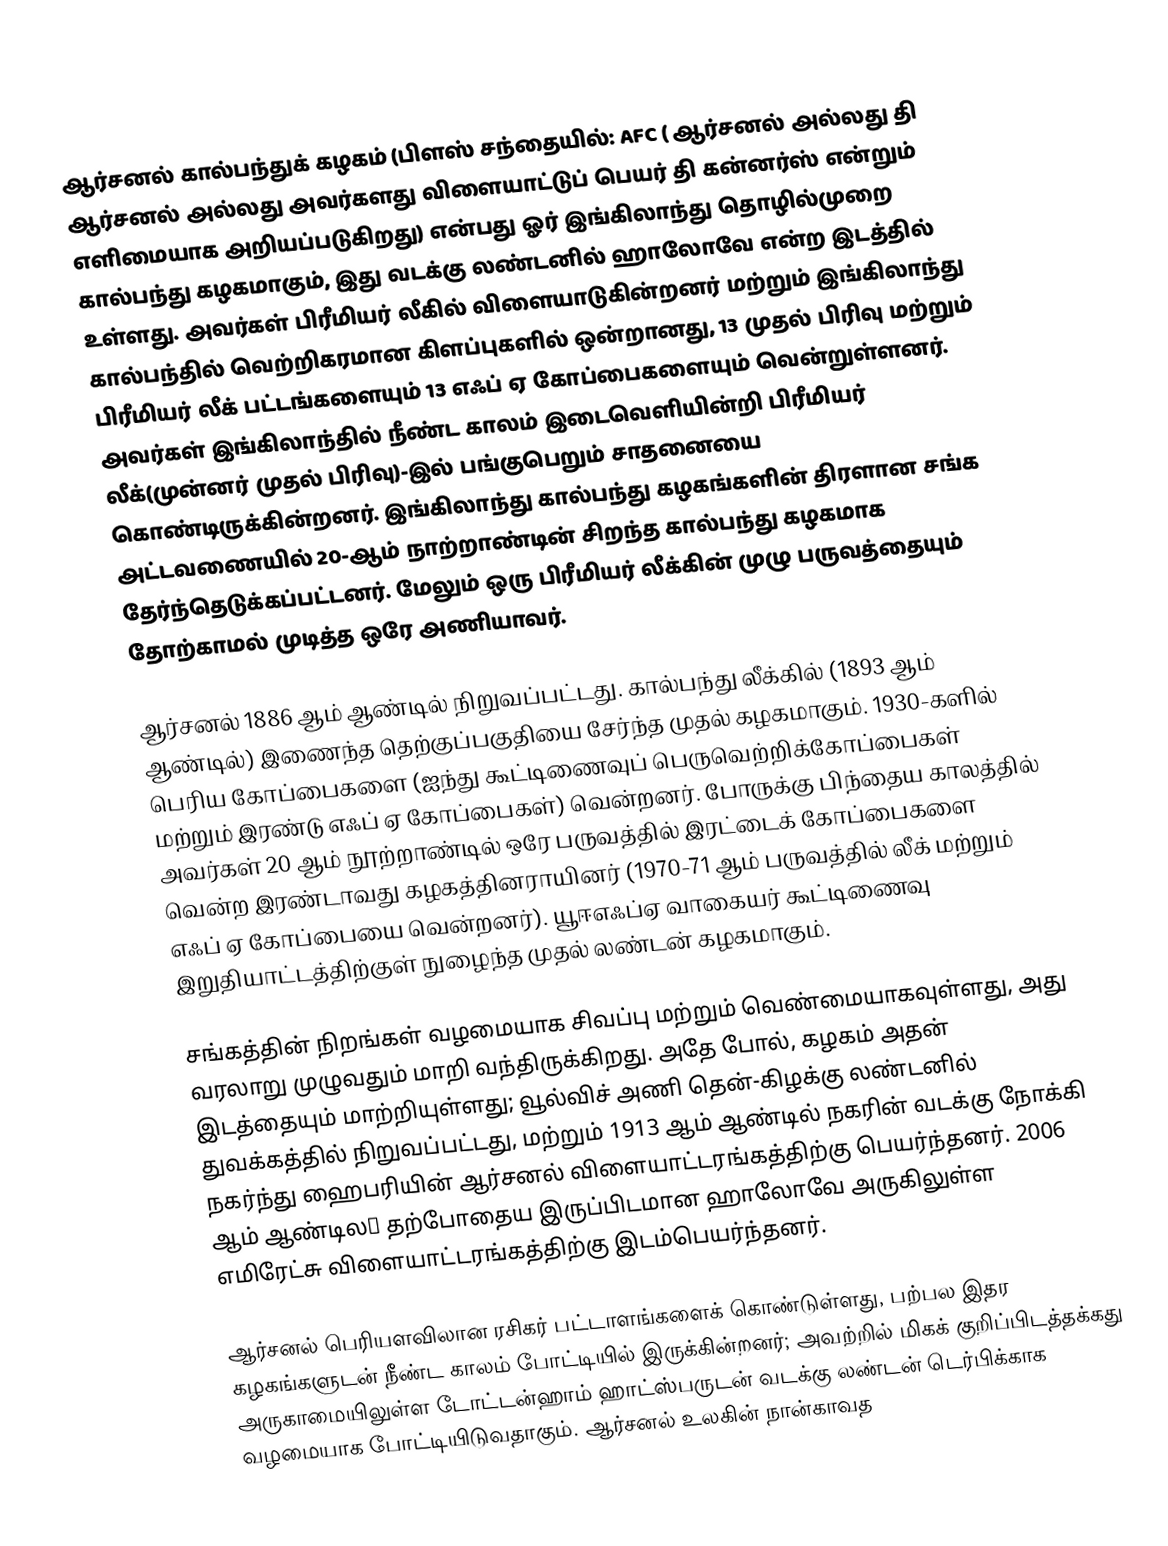
ஆர்சனல் கால்பந்துக் கழகம்  (பிளஸ் சந்தையில்: AFC  ( ஆர்சனல்  அல்லது தி ஆர்சனல்  அல்லது அவர்களது விளையாட்டுப் பெயர் தி கன்னர்ஸ்  என்றும் எளிமையாக அறியப்படுகிறது) என்பது ஓர் இங்கிலாந்து தொழில்முறை கால்பந்து கழகமாகும், இது வடக்கு லண்டனில் ஹாலோவே என்ற இடத்தில் உள்ளது.  அவர்கள் பிரீமியர் லீகில் விளையாடுகின்றனர் மற்றும் இங்கிலாந்து கால்பந்தில் வெற்றிகரமான கிளப்புகளில் ஒன்றானது, 13 முதல் பிரிவு மற்றும் பிரீமியர் லீக் பட்டங்களையும் 13 எஃப் ஏ கோப்பைகளையும் வென்றுள்ளனர். அவர்கள் இங்கிலாந்தில் நீண்ட காலம் இடைவெளியின்றி பிரீமியர் லீக்(முன்னர் முதல் பிரிவு)-இல் பங்குபெறும் சாதனையை கொண்டிருக்கின்றனர். இங்கிலாந்து கால்பந்து கழகங்களின் திரளான சங்க அட்டவணையில் 20-ஆம் நாற்றாண்டின் சிறந்த கால்பந்து கழகமாக தேர்ந்தெடுக்கப்பட்டனர். மேலும் ஒரு பிரீமியர் லீக்கின் முழு பருவத்தையும் தோற்காமல் முடித்த ஒரே அணியாவர்.

ஆர்சனல் 1886 ஆம் ஆண்டில் நிறுவப்பட்டது. கால்பந்து லீக்கில் (1893 ஆம் ஆண்டில்) இணைந்த தெற்குப்பகுதியை சேர்ந்த முதல் கழகமாகும்.  1930-களில் பெரிய கோப்பைகளை (ஐந்து கூட்டிணைவுப் பெருவெற்றிக்கோப்பைகள் மற்றும் இரண்டு எஃப் ஏ கோப்பைகள்) வென்றனர். போருக்கு பிந்தைய காலத்தில் அவர்கள் 20 ஆம் நூற்றாண்டில் ஒரே பருவத்தில் இரட்டைக் கோப்பைகளை வென்ற இரண்டாவது கழகத்தினராயினர் (1970-71 ஆம் பருவத்தில் லீக் மற்றும் எஃப் ஏ கோப்பையை வென்றனர்).  யூஈஎஃப்ஏ வாகையர் கூட்டிணைவு இறுதியாட்டத்திற்குள் நுழைந்த முதல் லண்டன் கழகமாகும்.

சங்கத்தின் நிறங்கள் வழமையாக சிவப்பு மற்றும் வெண்மையாகவுள்ளது, அது வரலாறு முழுவதும் மாறி வந்திருக்கிறது. அதே போல், கழகம் அதன் இடத்தையும் மாற்றியுள்ளது; வூல்விச் அணி தென்-கிழக்கு லண்டனில் துவக்கத்தில் நிறுவப்பட்டது, மற்றும் 1913 ஆம் ஆண்டில் நகரின் வடக்கு நோக்கி நகர்ந்து ஹைபரியின் ஆர்சனல் விளையாட்டரங்கத்திற்கு பெயர்ந்தனர்.  2006 ஆம் ஆண்டில௉ தற்போதைய இருப்பிடமான ஹாலோவே அருகிலுள்ள எமிரேட்சு விளையாட்டரங்கத்திற்கு இடம்பெயர்ந்தனர்.

ஆர்சனல் பெரியளவிலான ரசிகர் பட்டாளங்களைக் கொண்டுள்ளது, பற்பல இதர கழகங்களுடன் நீண்ட காலம் போட்டியில் இருக்கின்றனர்; அவற்றில் மிகக் குறிப்பிடத்தக்கது அருகாமையிலுள்ள டோட்டன்ஹாம் ஹாட்ஸ்பருடன் வடக்கு லண்டன் டெர்பிக்காக வழமையாக போட்டியிடுவதாகும். ஆர்சனல் உலகின் நான்காவத